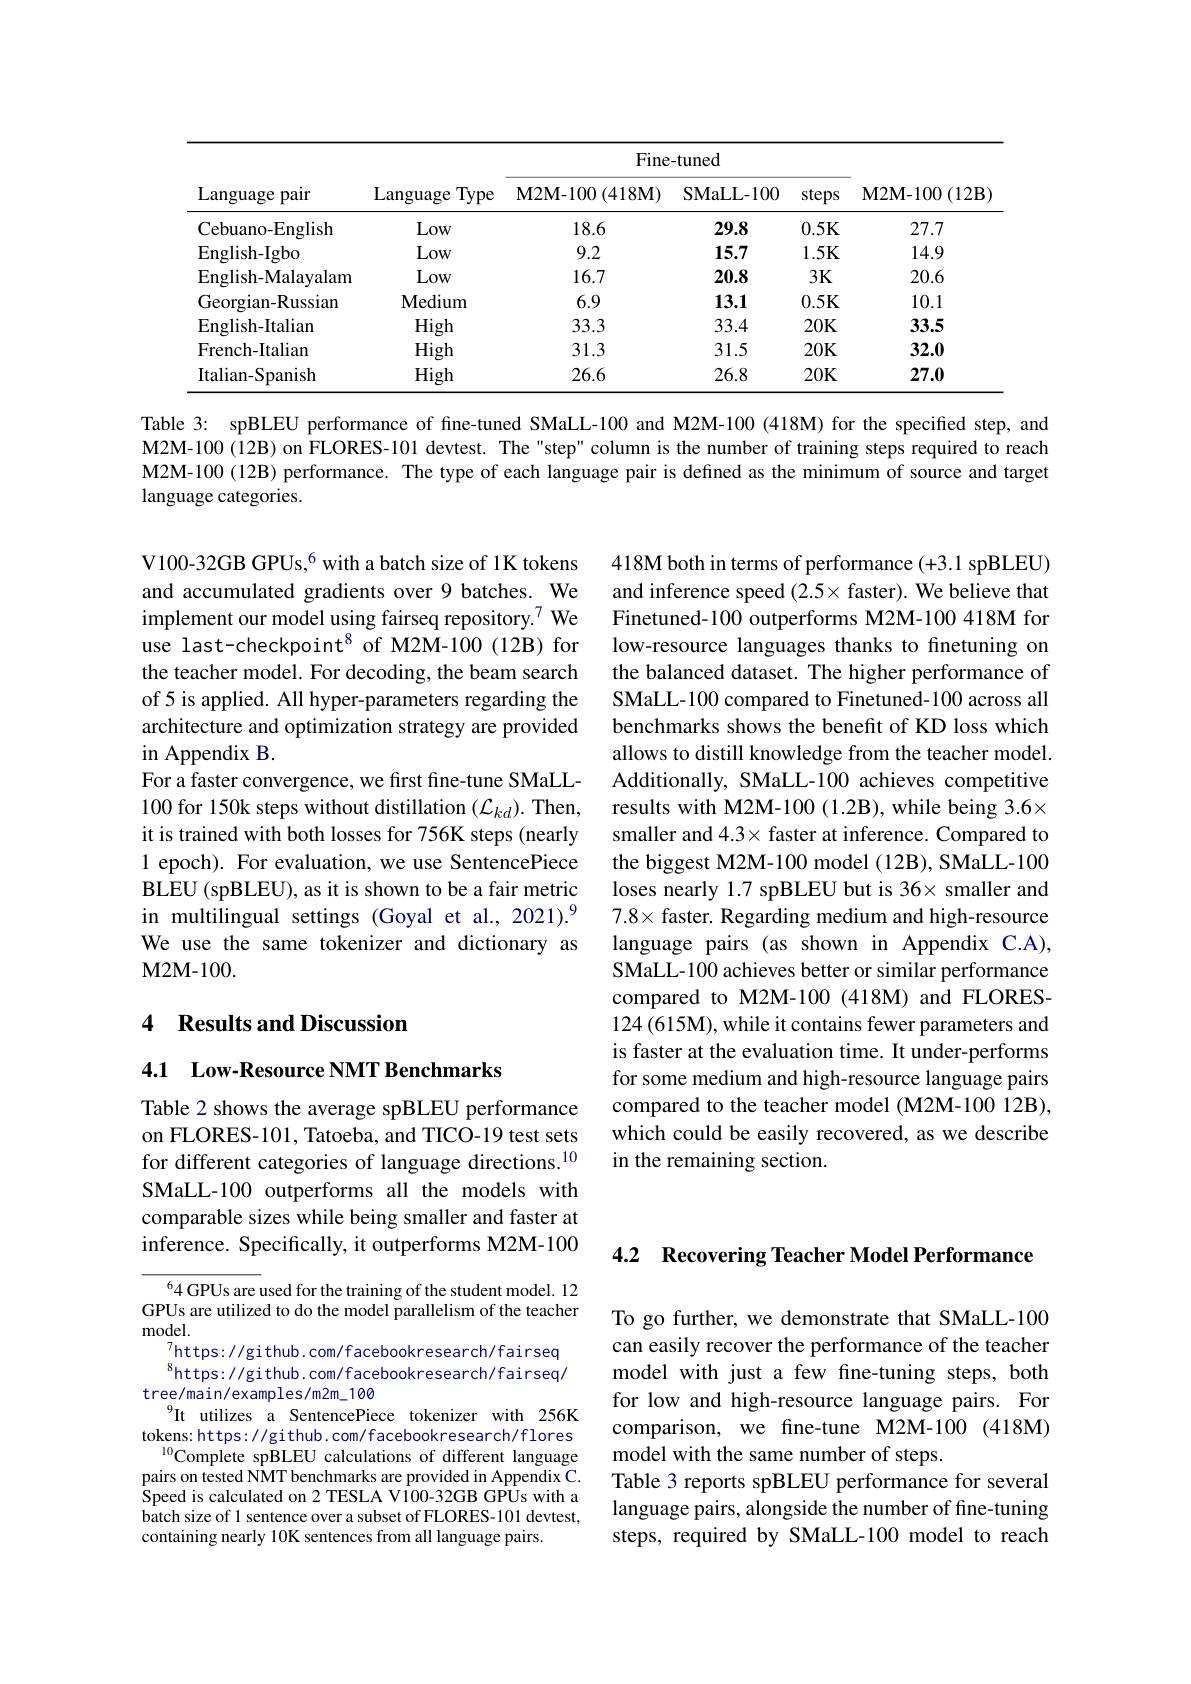
<table>
	<tbody>
		<tr>
			<th rowspan="2">Language pair</th>
			<th rowspan="2">Language Type</th>
			<th colspan="3">Fine-tuned</th>
			<th rowspan="2">$\mathbf{M2M-100}\left(12\mathbf{B}\right)$</th>
		</tr>
		<tr>
			<th>$\mathbf{M2M-100}(418$M)</th>
			<th>SMaLL-100</th>
			<th>steps</th>
		</tr>
		<tr>
			<td>Cebuano- English</td>
			<td>Low</td>
			<td>18.6</td>
			<td>29.8</td>
			<td>0.5K</td>
			<td>27.7</td>
		</tr>
		<tr>
			<td>English-Igbo</td>
			<td>Low</td>
			<td>9.2</td>
			<td>15.7</td>
			<td>$1.5K$</td>
			<td>14.9</td>
		</tr>
		<tr>
			<td>English-Malayalam</td>
			<td>Low</td>
			<td>16.7</td>
			<td>20.8</td>
			<td>$3K$</td>
			<td>20.6</td>
		</tr>
		<tr>
			<td>Georgian-Russian</td>
			<td>Medium</td>
			<td>6.9</td>
			<td>13.1</td>
			<td>0.5K</td>
			<td>10.1</td>
		</tr>
		<tr>
			<td>English-Italian</td>
			<td>High</td>
			<td>33.3</td>
			<td>33.4</td>
			<td>$20K$</td>
			<td>33.5</td>
		</tr>
		<tr>
			<td>French-Italian</td>
			<td>High</td>
			<td>31.3</td>
			<td>31.5</td>
			<td>$20K$</td>
			<td>32.0</td>
		</tr>
		<tr>
			<td>Italian-Spanish</td>
			<td>High</td>
			<td>26.6</td>
			<td>26.8</td>
			<td>$20K$</td>
			<td>27.0</td>
		</tr>
	</tbody>
</table>

Table 3: spBLEU performance of fine-tuned SMaLL-100 and M2M-100 (418M) for the specified step, and M2M-100 (12B) on FLORES-101 devtest. The "step" column is the number of training steps required to reach M2M-100 (12B) performance. The type of each language pair is defined as the minimum of source and target language categories.

V100-32GB GPUs,$^{6}$ with a batch size of 1K tokens and accumulated gradients over 9 batches. We implement our model using fairseq repository.$^{7}$ We use last-checkpoint$^{8}$ of M2M-100(12B) for the teacher model. For decoding, the beam search of 5 is applied. All hyper-parameters regarding the architecture and optimization strategy are provided in Appendix B.
For a faster convergence, we first fine-tune SMaLL- 100 for 150k steps without distillation $(\mathcal{L}_{kd}).$ Then, it is trained with both losses for 756K steps (nearly 1 epoch). For evaluation, we use SentencePiece BLEU (spBLEU), as it is shown to be a fair metric in multilingual settings (Goyal et al., 2021).$^{9}$ We use the same tokenizer and dictionary as $\mathbf{M2M-100.}$

$418\mathbf{M}$ both in terms of performance (+3.1 spBLEU) and inference speed $(2.5\times$ faster). We believe that Finetuned-100 outperforms M2M-100 418M for low-resource languages thanks to finetuning on the balanced dataset. The higher performance of SMaLL-100 compared to Finetuned-100 across all benchmarks shows the benefit of KD loss which allows to distill knowledge from the teacher model. Additionally, SMaLL-100 achieves competitive results with M2M-100(1.2B), while being 3.6× smaller and $4.3\times$ faster at inference. Compared to the biggest M2M-100 model (12B), SMaLL-100 loses nearly 1.7 spBLEU but is 36× smaller and $7.8\times faster. Regarding medium and high-resource$ language pairs (as shown in Appendix C.A), SMaLL-100 achieves better or similar performance compared to M2M-100 (418M) and FLORES- 124 (615M), while it contains fewer parameters and is faster at the evaluation time. It under-performs for some medium and high-resource language pairs compared to the teacher model (M2M-100 12B), which could be easily recovered, as we describe in the remaining section.

## 4 Results and Discussion

4.1 Low-Resource NMT Benchmarks

Table 2 shows the average spBLEU performance on FLORES-101, Tatoeba, and TICO-19 test sets for different categories of language directions.$^{10}$ SMaLL-100 outperforms all the models with comparable sizes while being smaller and faster at inference. Specifically, it outperforms M2M-100

4.2 Recovering Teacher Model Performance

$^64$GPUs are used for the training of the student model. 12 GPUs are utilized to do the model parallelism of the teacher ${\mathrm{model}}.$
$_{\mathrm{a}}^{7}$https: //gi thub. com/facebookresearch/fairseq $^{8}$https: //gi thub. com/facebookresearch/fairseq/
tree/main/examples/m2m_100
$^{9}$It utilizes a SentencePiece tokenizer with 256K tokens: https: //github. com/facebookresearch/flores
Complete spBLEU calculations of different language pairs on tested NMT benchmarks are provided in Appendix C. Speed is calculated on 2 TESLA V100-32GB GPUs with a batch size of 1 sentence over a subset of FLORES-101 devtest, containing nearly 10K sentences from all language pairs.

To go further, we demonstrate that SMaLL-100 can easily recover the performance of the teacher model with just a few fine-tuning steps, both for low and high-resource language pairs. For comparison, we fine-tune M2M-100 (418M) model with the same number of steps.
Table 3 reports spBLEU performance for several language pairs, alongside the number of fine-tuning steps, required by SMaLL-100 model to reach